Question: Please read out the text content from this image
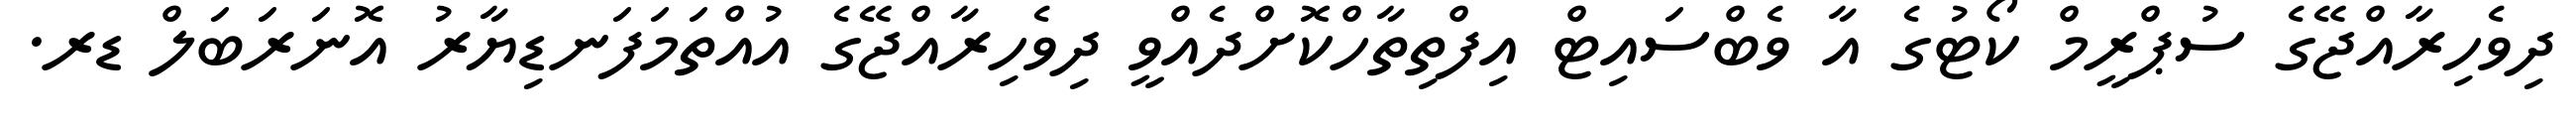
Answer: ދިވެހިރާއްޖޭގެ ސުޕްރީމް ކޯޓުގެ އާ ވެބްސައިޓް އިފްތިތާހްކޮށްދެއްވީ ދިވެހިރާއްޖޭގެ އުއްތަމަފަނޑިޔާރު އޮނަރަބަލް ޑރ.